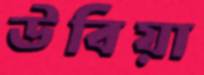
উবিয়া